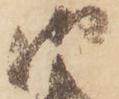
御